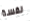
نفسة